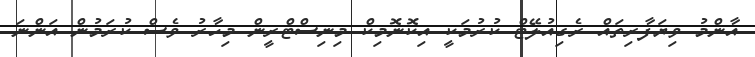
އާންމު ވިޔަފާރިތައް ރެގިއުލޭޓް ކުރުމަކީ އިކޮނޮމިކް މިނިސްޓްރީން މިހާރު ވެސް ކުރަމުން އަންނަ